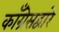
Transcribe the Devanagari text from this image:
काँग्रेसद्वारे